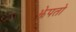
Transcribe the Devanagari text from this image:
झेपतो